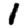
Digit: 1